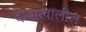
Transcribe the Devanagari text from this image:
दाबाखालील